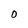
Character: 0